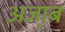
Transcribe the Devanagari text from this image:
अजा़ब